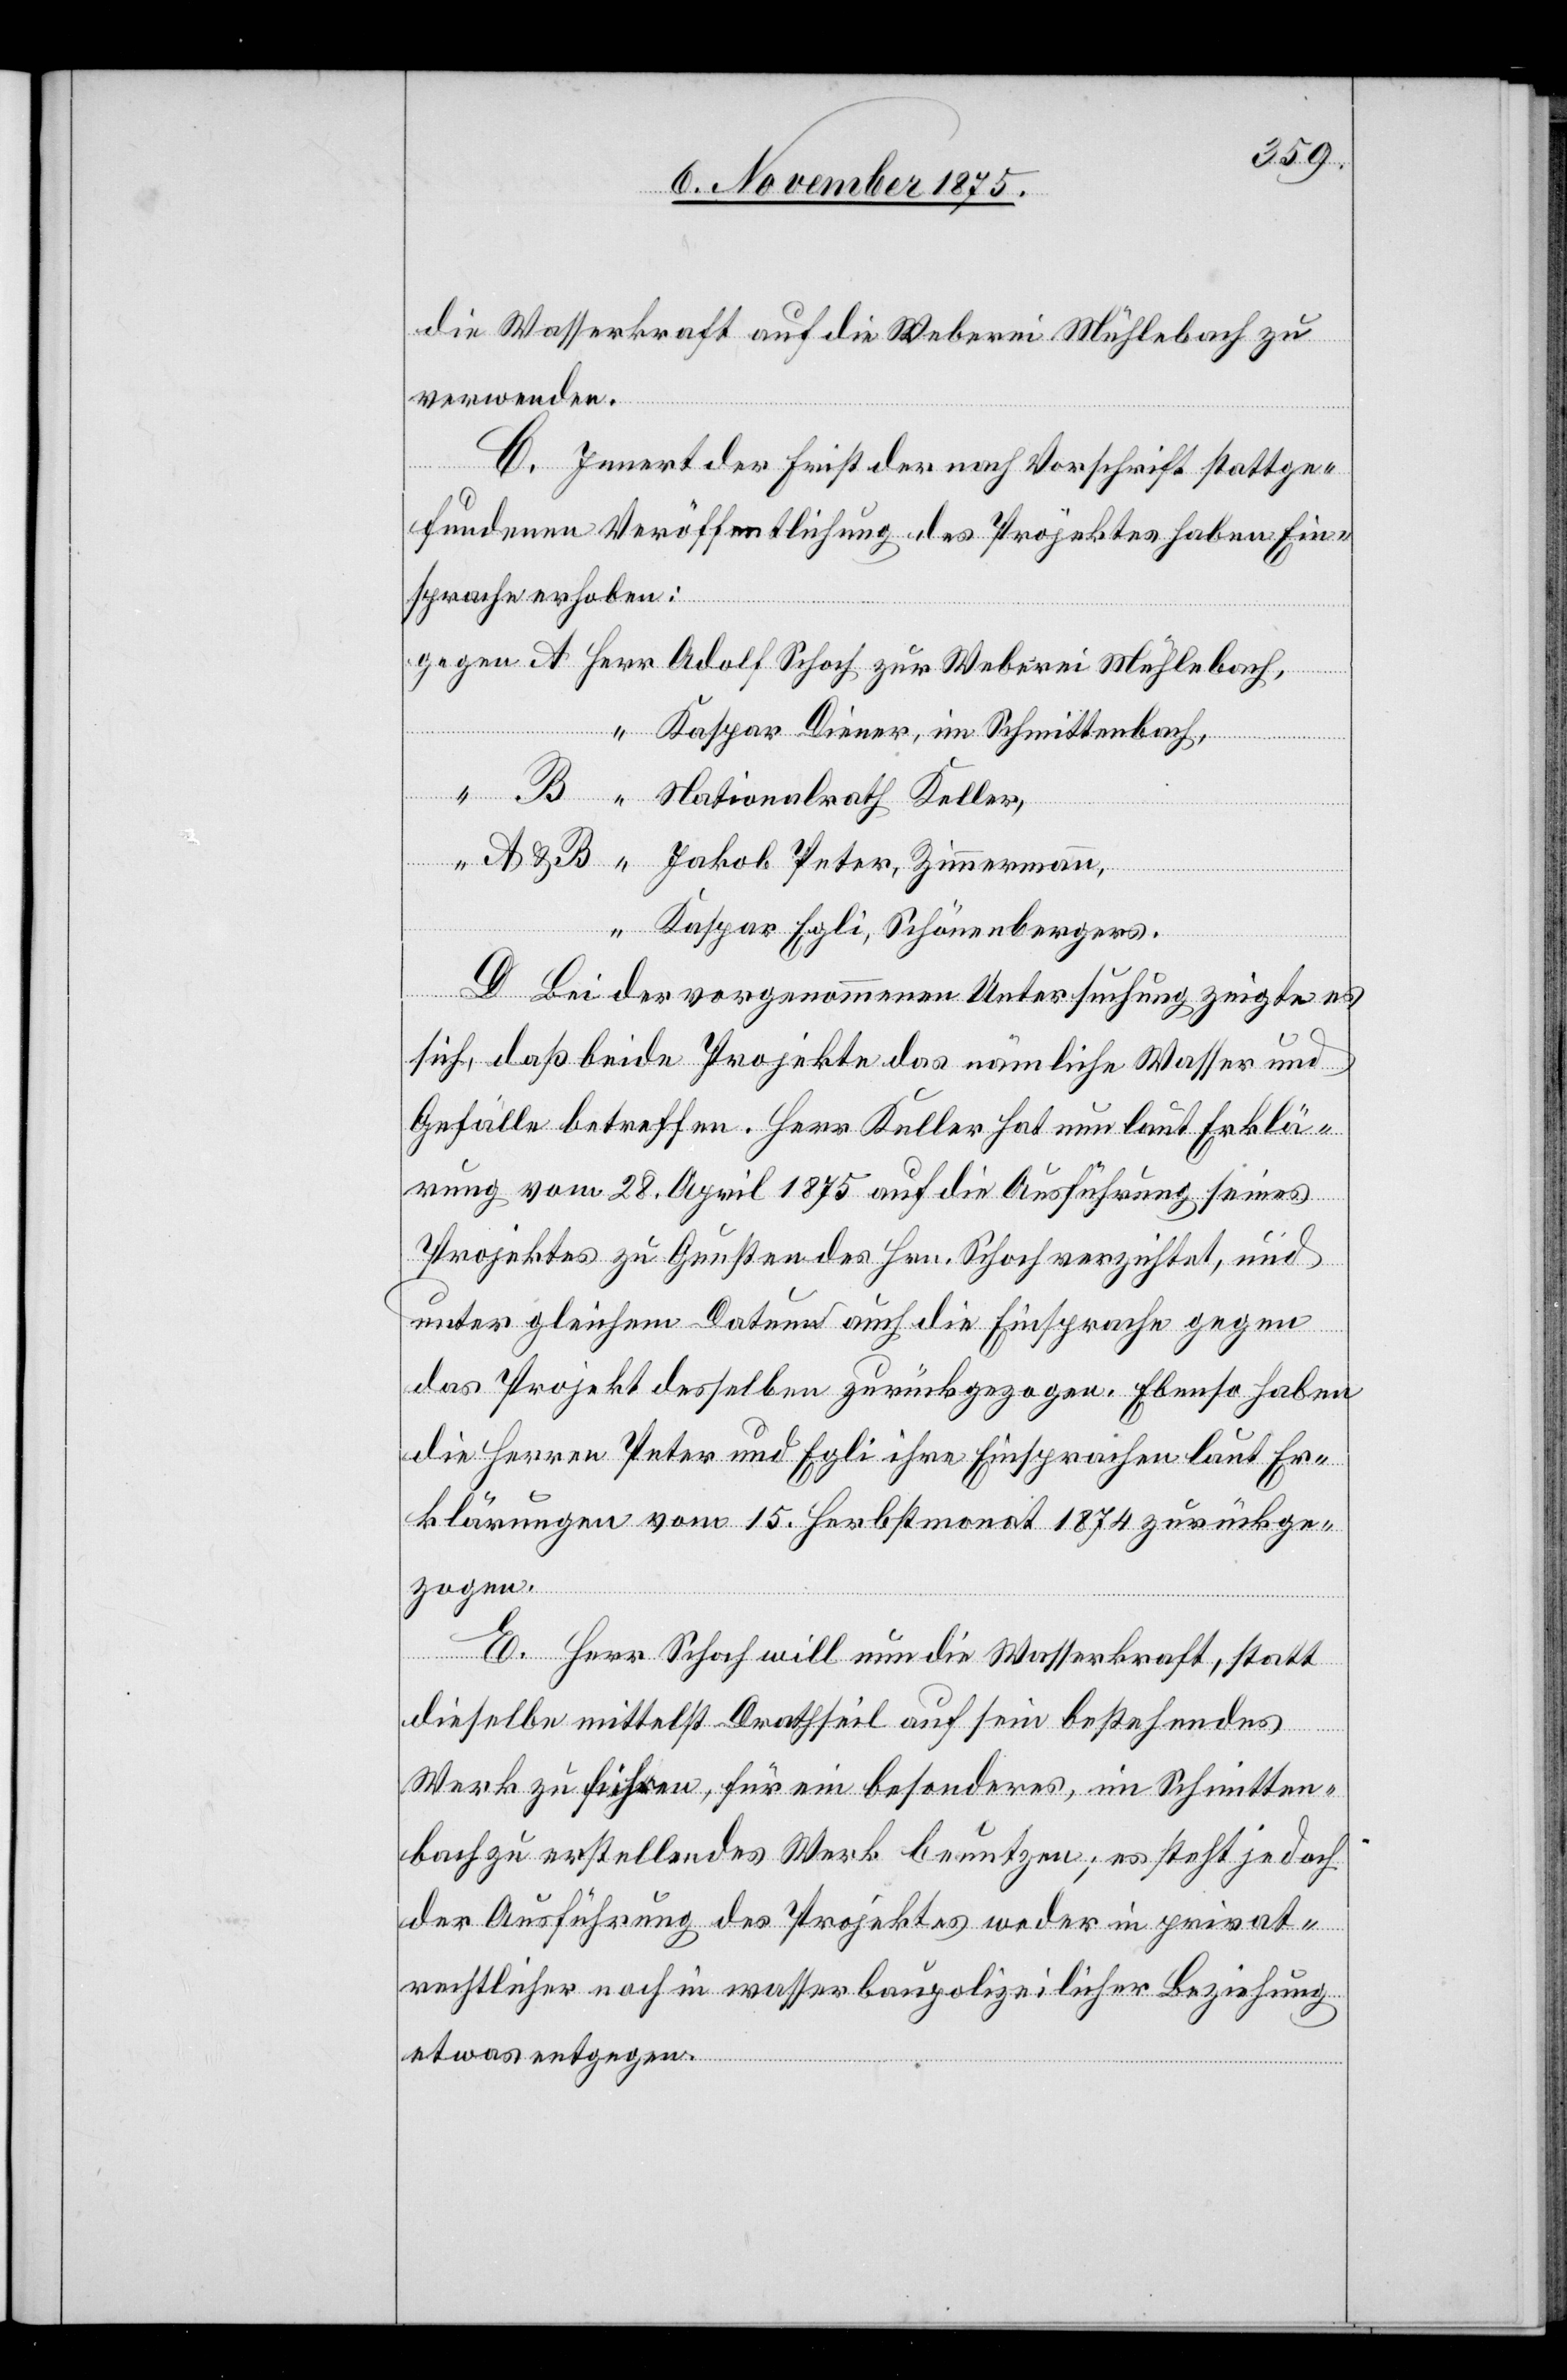
die Wasserkraft auf die Weberei Mühlebach zu
verwenden.
C. Innert der Frist der nach Vorschrift stattge¬
fundenen Veröffentlichung des Projektes haben Ein¬
sprache erhoben:
Kaspar Diener, im Schmittenbach,
Nationalrath Keller,
Kaspar Egli, Schönenbergers.
D. Bei der vorgenommenen Untersuchung zeigte es
sich, daß beide Projekte das nämliche Wasser und
Gefälle betreffen. Herr Keller hat nun laut Erklä¬
rung vom 28. April 1875 auf die Ausführung seines
Projektes zu Gunsten des Hrn. Schoch verzichtet, und
unter gleichem Datum auch die Einsprache gegen
das Projekt desselben zurückgezogen. Ebenso haben
die Herren Peter und Egli ihre Einsprachen laut Er¬
klärungen vom 15. Herbstmonat 1874 zurückge¬
zogen.
E. Herr Schoch will nun die Wasserkraft, statt
dieselbe mittelst Drathseil auf sein bestehendes
Werk zu führen, für ein besonderes, im Schmitten¬
bach zu erstellendes Werk benutzen; es steht jedoch
der Ausführung des Projektes weder in privat¬
rechtlicher noch in wasserbaupolizeilicher Beziehung
etwas entgegen.